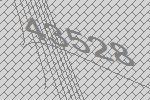
43528